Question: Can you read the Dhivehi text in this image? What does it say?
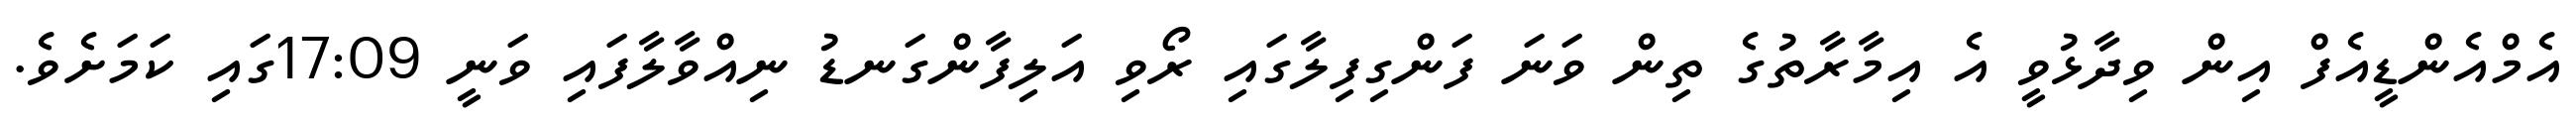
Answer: އެމްއެންޑީއެފް އިން ވިދާޅުވީ އެ އިމާރާތުގެ ތިން ވަނަ ފަންގިފިލާގައި ރޯވި އަލިފާންގަނޑު ނިއްވާލާފައި ވަނީ 17:09ގައި ކަމަށެވެ.